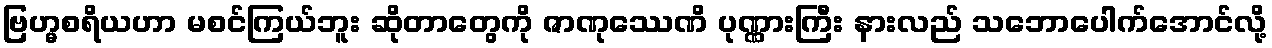
ဗြဟ္မစရိယဟာ မစင်ကြယ်ဘူး ဆိုတာတွေကို ဇာဏုဿေဏိ ပုဏ္ဏားကြီး နားလည် သဘောပေါက်အောင်လို့